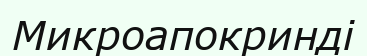
Микроапокринді